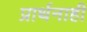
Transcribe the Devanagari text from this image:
प्रार्थनाही